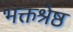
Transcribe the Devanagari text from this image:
भक्तश्रेष्ठ